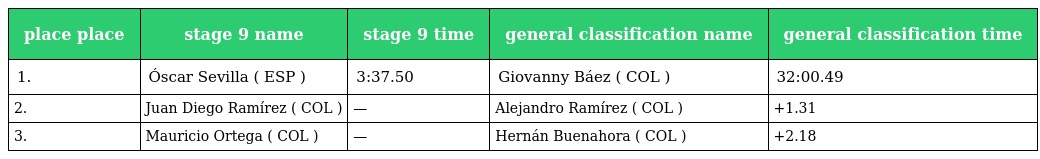
| place place | stage 9 name | stage 9 time | general classification name | general classification time |
 | --- | --- | --- | --- | --- |
 | 1. | Óscar Sevilla ( ESP ) | 3:37.50 | Giovanny Báez ( COL ) | 32:00.49 |
 | 2. | Juan Diego Ramírez ( COL ) | — | Alejandro Ramírez ( COL ) | +1.31 |
 | 3. | Mauricio Ortega ( COL ) | — | Hernán Buenahora ( COL ) | +2.18 |